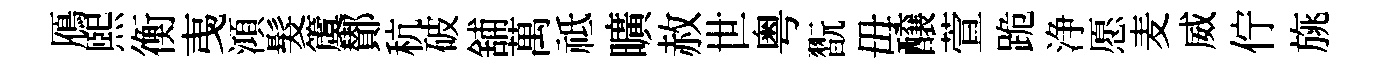
鴈熙衡𢎯澒髮𥵂鄼秔破舖萬祗曠赦世粤翫毋醸萱跪浄愿麦威佇旐